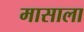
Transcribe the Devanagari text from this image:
मासाला